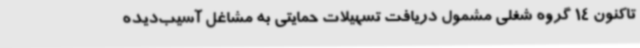
تاکنون 14 گروه شغلی مشمول دریافت تسهیلات حمایتی به مشاغل آسیب‌دیده